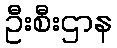
ဦးစီးဌာန